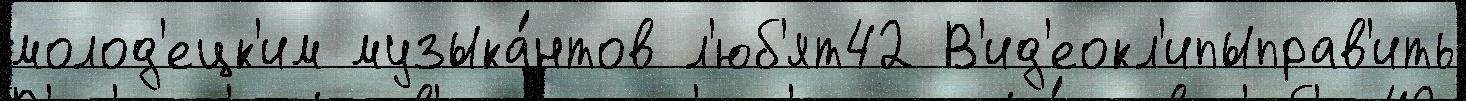
молод'ецк'им музыка́нтов л'юб'ят42 В'ид'еокл'ипыправ'ить